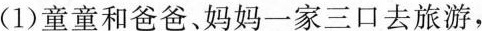
(1)童童和爸爸、妈妈一家三口去旅游，